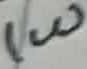
Text: 1W